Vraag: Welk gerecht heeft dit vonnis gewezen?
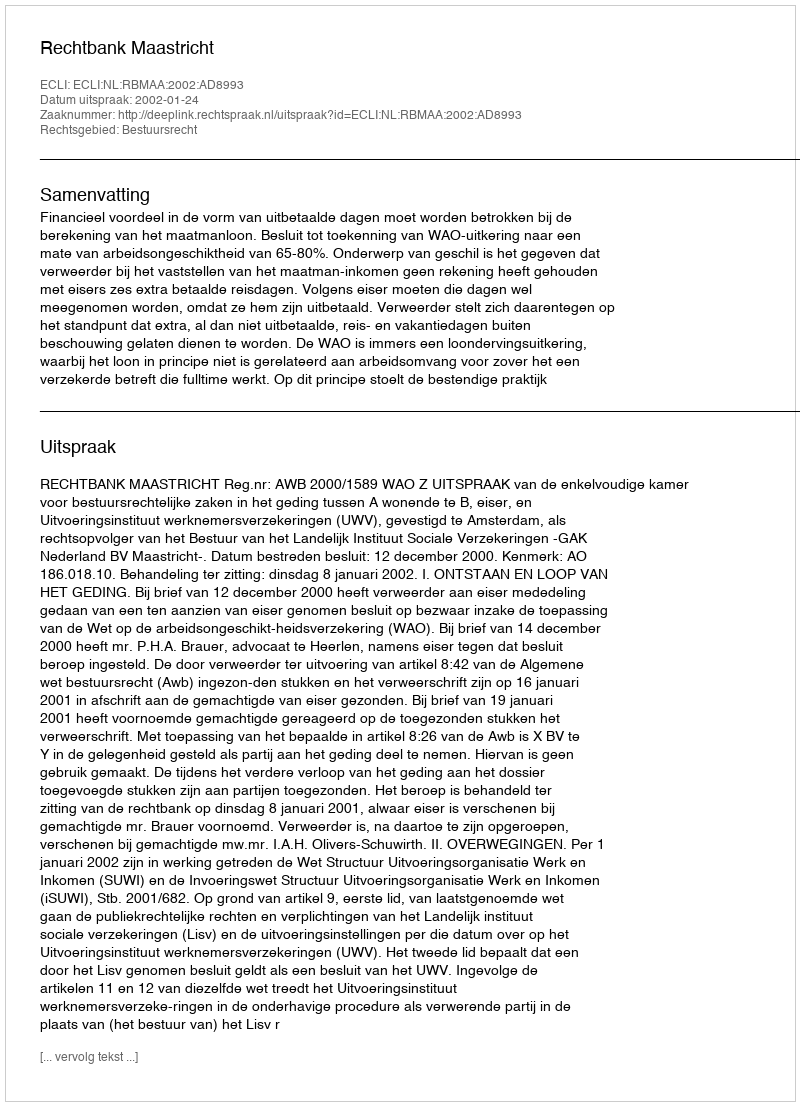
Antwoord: Rechtbank Maastricht